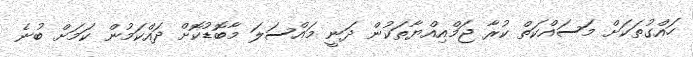
ހައްގުތަކަށް މަސައްކަތް ކުރާ ޖަމްއިއްޔާތަކުން ދަނީ މައްސަލަ މާބޮޑުކޮށް ދައްކަމުން ކަމަށް ބުނެ